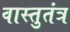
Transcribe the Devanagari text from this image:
वास्तुतंत्र